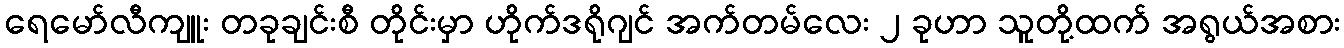
ရေမော်လီကျူး တခုချင်းစီ တိုင်းမှာ ဟိုက်ဒရိုဂျင် အက်တမ်လေး ၂ ခုဟာ သူတို့ထက် အရွယ်အစား